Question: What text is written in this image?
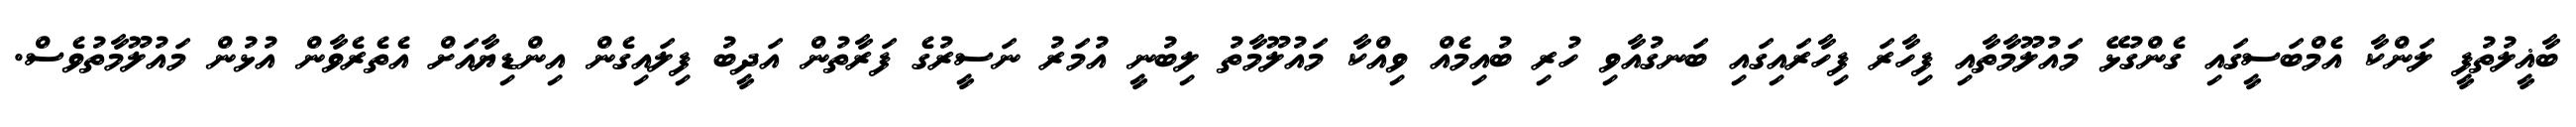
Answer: ބާޣީލުތުފީ ލަންކާ އެމްބަސީގައި ގެންގުޅޭ މައުލޫމާތާއި ފިހާރަ ފިހާރައިގައި ބަނގުއާވި ހުރި ބުއިމެއް ވިއްކާ މައުލޫމާތު ލިބުނީ އުމަރު ނަސީރުގެ ފަރާތުން އަދީބު ފިލައިގެން އިންޑިޔާއަށް އެތެރެވާން އުޅުން މައުލޫމާތުވެސް.